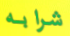
شرابه